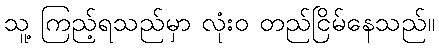
သူ့ ကြည့်ရသည်မှာ လုံးဝ တည်ငြိမ်နေသည်။